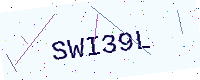
Text: SWI39L